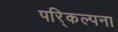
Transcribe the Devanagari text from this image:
परि्कल्पना